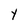
Character: Y